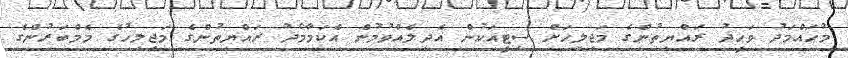
މުޙައްމަދު ވަޙީދު ރައްޔިތުންގެ މަޖިލިހަށް ސިޓީއަކުން އެދިލެއްވުމުން އެކަމާމެދު ރައްޔިތުންގެ މަޖިލިހުގެ މެމްބަރުންގެ